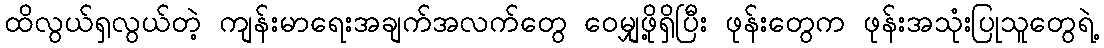
ထိလွယ်ရှလွယ်တဲ့ ကျန်းမာရေးအချက်အလက်တွေ ဝေမျှဖို့ရှိပြီး ဖုန်းတွေက ဖုန်းအသုံးပြုသူတွေရဲ့